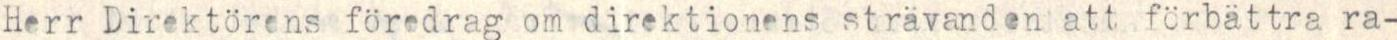
Herr Direktörens föredrag om direktionens strävanden att förbättra ra-